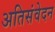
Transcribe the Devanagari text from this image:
अतिसंवेदन